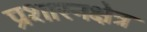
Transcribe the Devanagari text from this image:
प्रशारनक्षेत्र